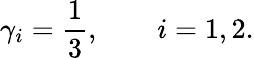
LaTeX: \gamma_{i}=\frac{1}{3},\qquad i=1,2.